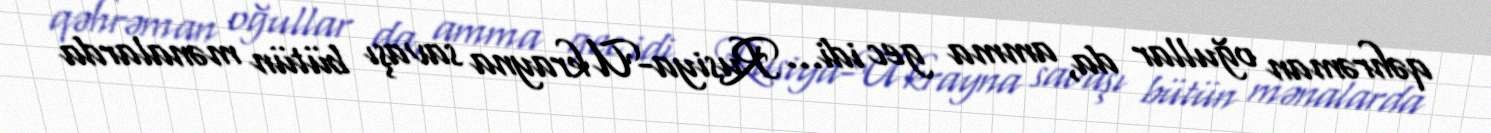
qəhrəman oğullar da, amma gec idi... Rusiya-Ukrayna savaşı bütün mənalarda